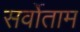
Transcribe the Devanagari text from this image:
सर्वोताम